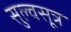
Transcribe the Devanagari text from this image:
सुल्वसूत्र